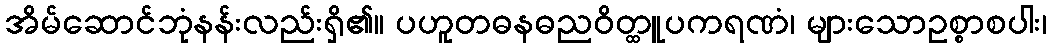
အိမ်ဆောင်ဘုံနန်းလည်းရှိ၏။ ပဟူတဓနဓညဝိတ္ထူပကရဏံ၊ များသောဥစ္စာစပါး၊